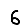
Digit: 6